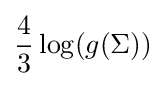
{\frac {4}{3}}\log(g(\Sigma ))